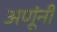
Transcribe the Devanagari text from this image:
अणूंनी